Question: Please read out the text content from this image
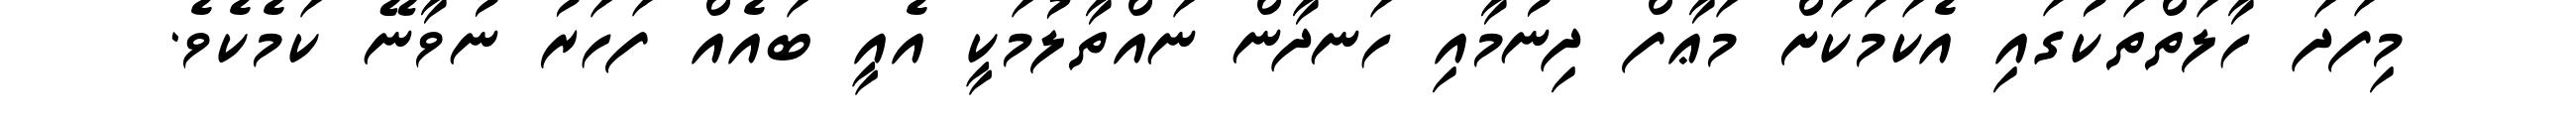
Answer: މިފަދަ ހާލަތްތަކުގައި އެކަމަކަށް މަޢާފް ދިނުމާއި ހަނދާން ނައްތާލުމަކީ އެއީ ބައެއް ފަހަރު ނުވާނޭ ކަމެކެވެ.